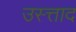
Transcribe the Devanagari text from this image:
उस्त्ताद